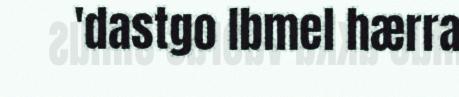
'dastgo Ibmel hærra